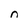
Character: n